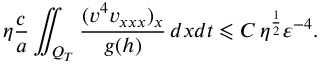
\eta \frac { c } { a } \iint _ { Q _ { T } } { \frac { ( v ^ { 4 } v _ { x x x } ) _ { x } } { g ( h ) } \, d x d t } \leqslant C \, \eta ^ { \frac { 1 } { 2 } } \varepsilon ^ { - 4 } .